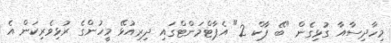
މިހާދިސާއާ ގުޅިގެން "ބޭ ޕާކް 2" އެޕާޓްމަންޓްގައި ދިރިއުޅޭ މީހުންގެ ރުޅިވެރިކަން އެ